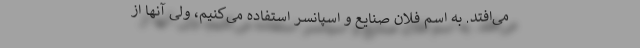
می‌افتد. به اسم فلان صنایع و اسپانسر استفاده می‌کنیم، ولی آنها از